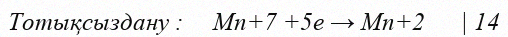
Тотықсыздану :     Mn+7 +5e → Mn+2      | 14